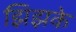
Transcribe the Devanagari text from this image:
झिझके